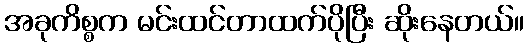
အခုကိစ္စက မင်းထင်တာထက်ပိုပြီး ဆိုးနေတယ်။